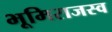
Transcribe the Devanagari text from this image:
भूमिराजस्व